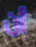
أن